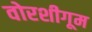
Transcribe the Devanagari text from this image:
वोरशीगूम